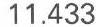
11.433